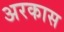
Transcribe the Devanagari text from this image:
अरकास